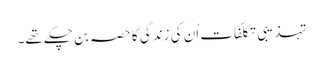
تہذیبی تکلّفات اُن کی زندگی کا حصہ بن چکے تھے۔